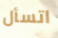
اتسأل